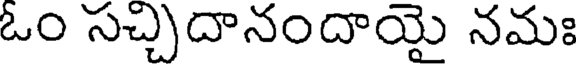
ఓం సచ్చిదానందాయై నమః